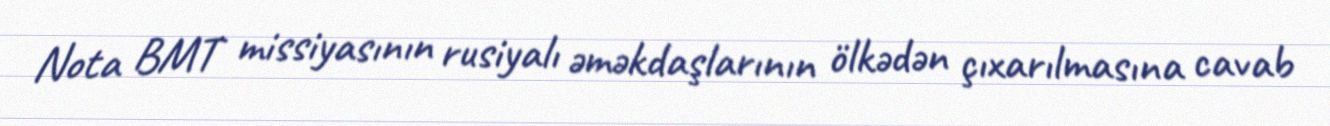
Nota BMT missiyasının rusiyalı əməkdaşlarının ölkədən çıxarılmasına cavab